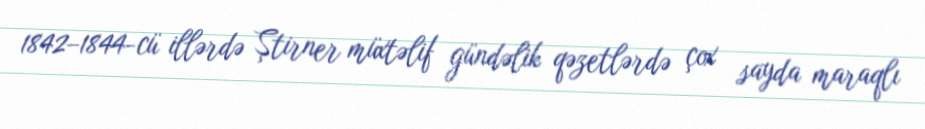
1842–1844-cü illərdə Ştirner müxtəlif gündəlik qəzetlərdə çox sayda maraqlı